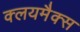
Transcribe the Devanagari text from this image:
क्लयमैक्स